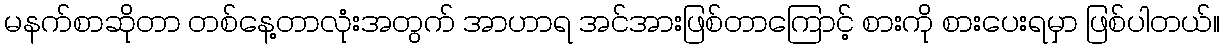
မနက်စာဆိုတာ တစ်နေ့တာလုံးအတွက် အာဟာရ အင်အားဖြစ်တာကြောင့် စားကို စားပေးရမှာ ဖြစ်ပါတယ်။